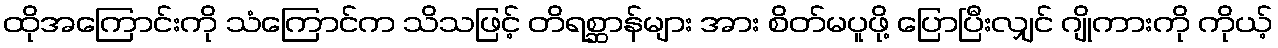
ထိုအကြောင်းကို သံကြောင်က သိသဖြင့် တိရစ္ဆာန်များ အား စိတ်မပူဖို့ ပြောပြီးလျှင် ဂျိုကားကို ကိုယ့်